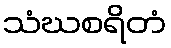
သံဃစရိတံ